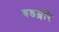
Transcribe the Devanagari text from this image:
वडश्शेरि